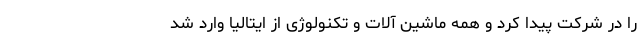
را در شرکت پیدا کرد و همه ماشین آلات و تکنولوژی از ایتالیا وارد شد